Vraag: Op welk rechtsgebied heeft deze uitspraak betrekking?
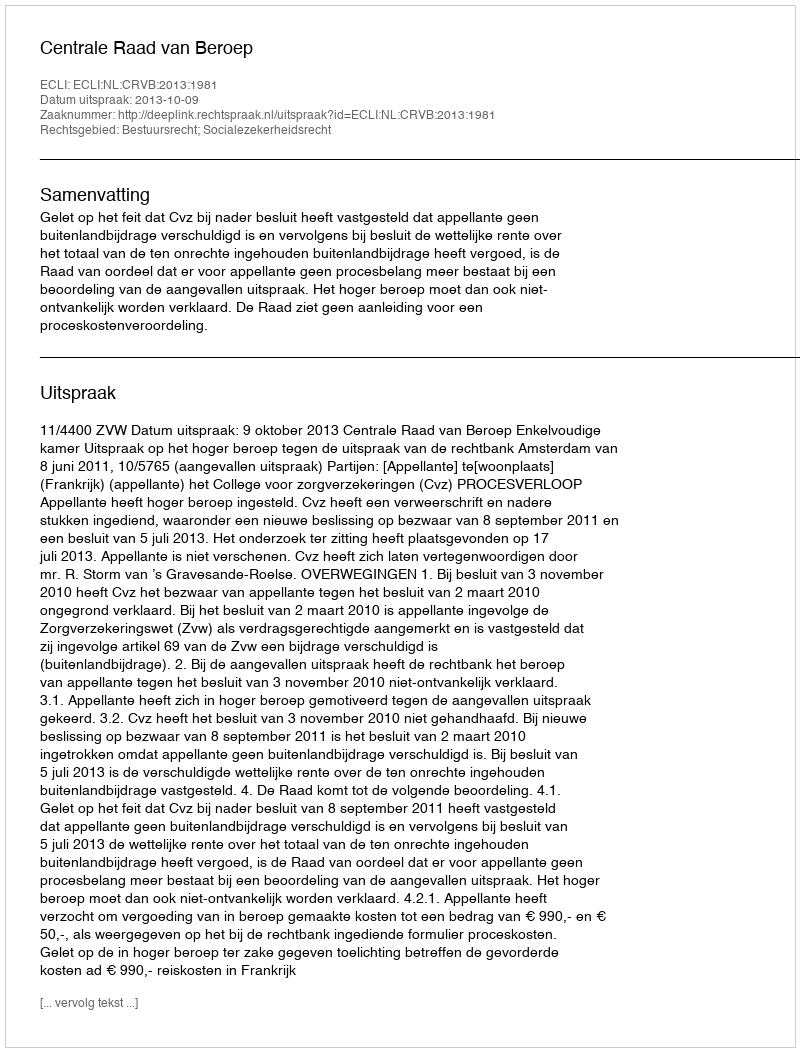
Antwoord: Bestuursrecht; Socialezekerheidsrecht